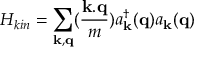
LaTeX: H _ { k i n } = \sum _ { { \bf { k } } , { \bf { q } } } ( \frac { { \bf { k . q } } } { m } ) a _ { { \bf { k } } } ^ { \dagger } ( { \bf { q } } ) a _ { { \bf { k } } } ( { \bf { q } } )